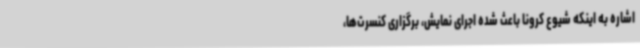
اشاره به اینکه شیوع کرونا باعث شده اجرای نمایش، برگزاری کنسرت‌ها،